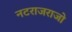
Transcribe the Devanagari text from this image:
नटराजराजो